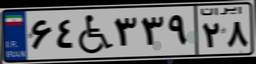
۶۴W۳۳۹۲۸